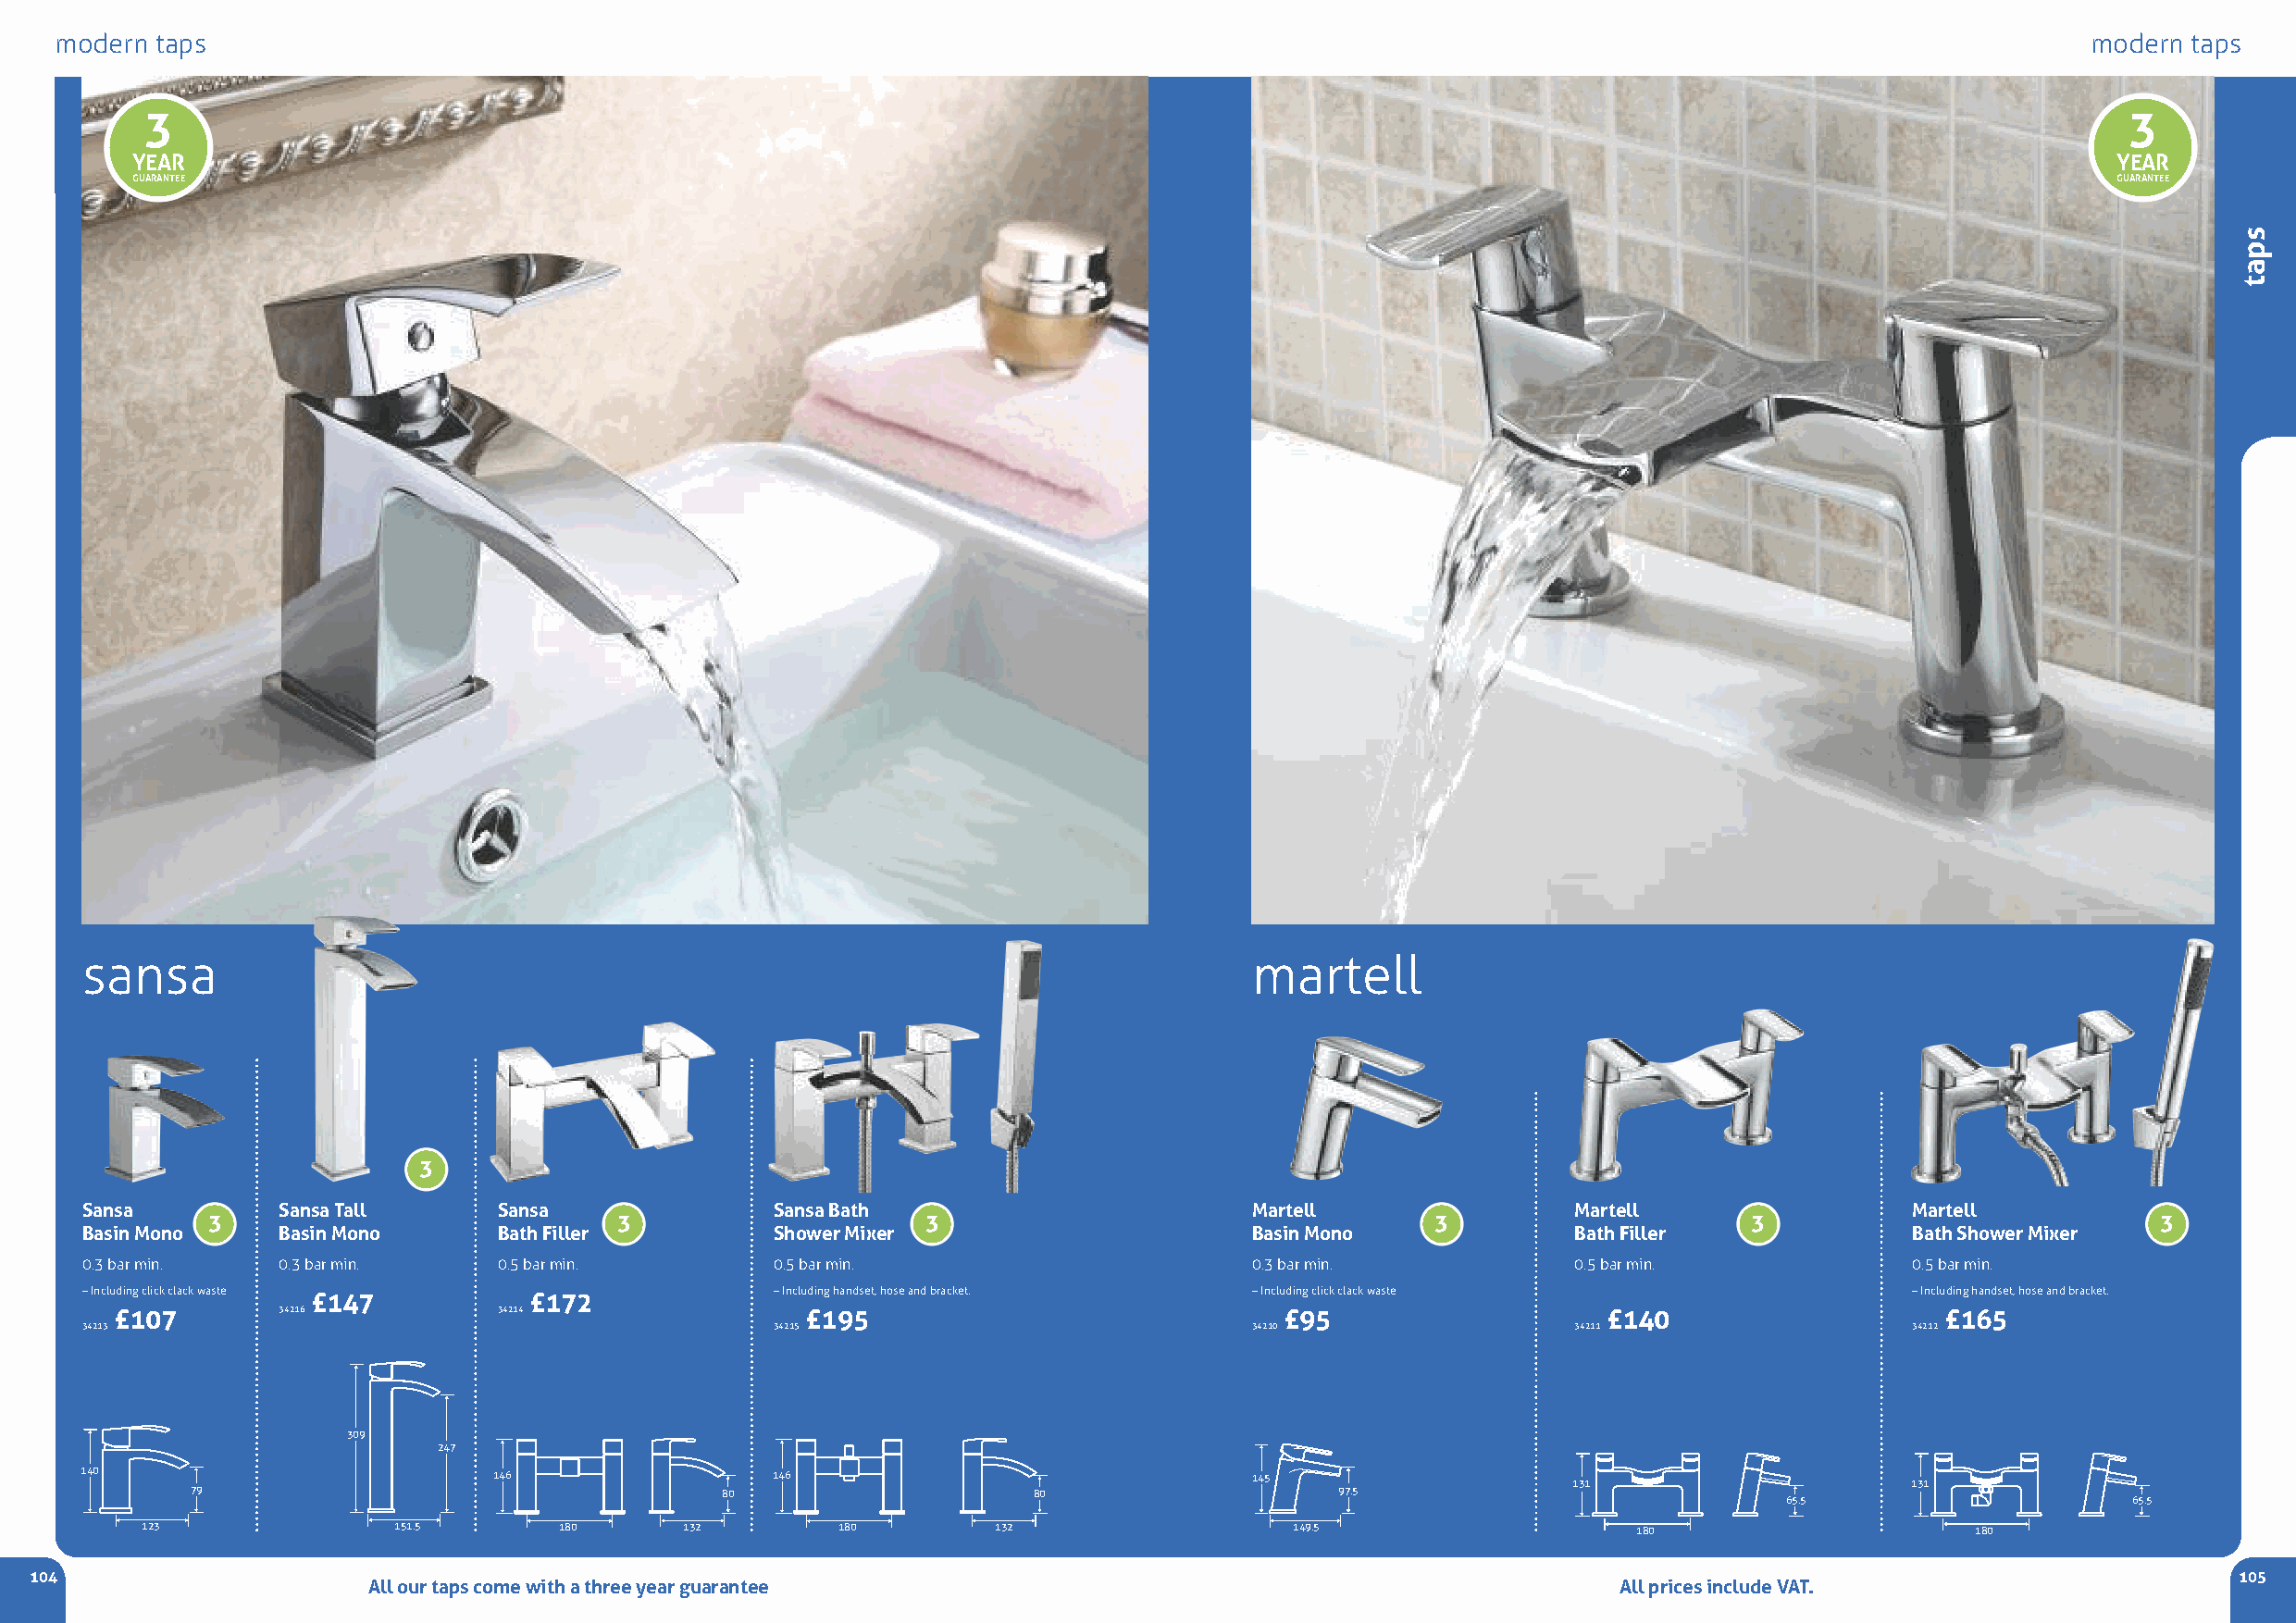
modern taps                                                                                                                                      modern  taps
 3                                                                                                                                             3
 YEAR                                                                                                                                          YEAR
 GUARANTEE                                                                                                                                     GUARANTEE
 sansa                                                                               martell
 3
 Sansa         Sansa Tall      Sansa              Sansa Bath                         Martell                Martell                 Martell
 3                            3                     3                                    3                     3                            3
 Basin Mono    BasinMono       Bath Filler        Shower Mixer                       Basin Mono             Bath Filler             Bath Shower Mixer
 0.3 bar min.  0.3 bar min.    0.5 bar min.       0.5 bar min.                       0.3 bar min.           0.5 bar min.            0.5 bar min.
 –Including click clack waste                     –Including handset, hose and bracket. –Including click clack waste                –Including handset, hose and bracket.
 £147            £172
 £107        34216           34214                 £195                              £95                    £140                    £165
 34213                                            34215                              34210                  34211                   34212
 309
 247
 140                          146                 146                                145
 131                      131
 79                                    80                    80                    97.5
 65.5                    65.5
 123               151.5       180      132        180        132                  149.5                    180                     180
 104                                                                                                                                                           105
 All our taps come with a three year guarantee                                             All prices include VAT.
 spat